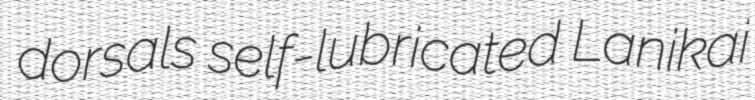
dorsals self-lubricated Lanikai